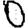
Digit: 0